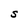
Character: S